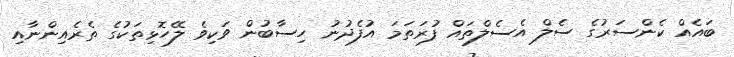
ބައެއް ކެންސަރުގެ ސެލް އެސެލްތައް ފުރަތަމަ އުފެދުނު ހިސާބުން ވަކިވެ ލޭހޮޅިތަކުގެ ތެރެއިންނާއި